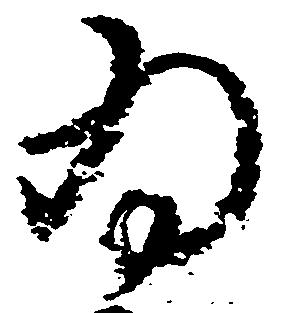
為